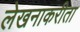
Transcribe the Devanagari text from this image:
लेखनाकरीता